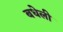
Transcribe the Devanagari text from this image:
बधेली